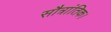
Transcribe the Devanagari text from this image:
सौत्रांतिक।